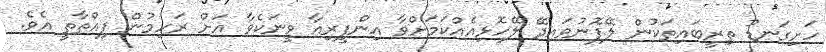
ހަށިގަނޑު ތިރީބައިތަކުން ލޭފޮނުވައިދޭ ލޭހޮޅިއެއްކަމަށްވާ އިންފީރިއާ ވީނަކެވާ އަށް ރަހިމުން ފިއްތާތީ އެވެ.